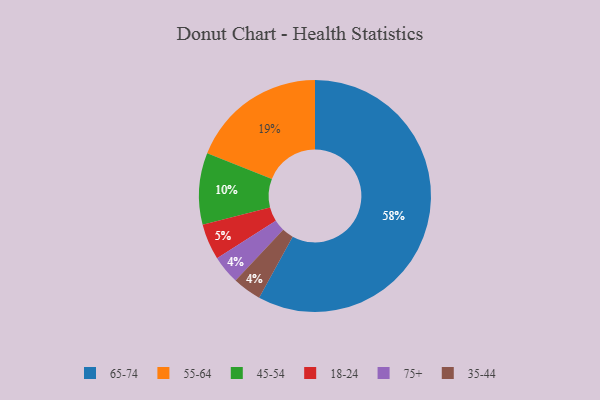
{"axis": {"x": "Category", "y": "Percentage"}, "legend": ["18-24", "35-44", "45-54", "55-64", "65-74", "75+"], "data": [{"x": "75+", "y": 4, "type": "75+"}, {"x": "45-54", "y": 10, "type": "45-54"}, {"x": "35-44", "y": 4, "type": "35-44"}, {"x": "65-74", "y": 58, "type": "65-74"}, {"x": "18-24", "y": 5, "type": "18-24"}, {"x": "55-64", "y": 19, "type": "55-64"}]}